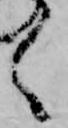
く